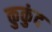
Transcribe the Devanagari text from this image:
कुकुंद